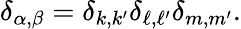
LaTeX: \delta_{\alpha,\beta}=\delta_{k,k^{\prime}}\delta_{\ell,\ell^{\prime}}\delta_{m,m^{\prime}}.